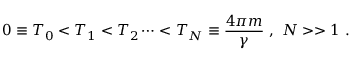
0 \equiv T _ { 0 } < T _ { 1 } < T _ { 2 } \dots < T _ { N } \equiv \frac { 4 \pi m } { \gamma } \ , \ N > > 1 \ .